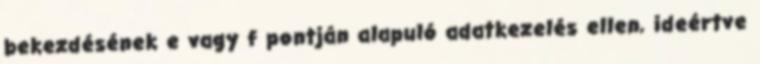
bekezdésének e vagy f pontján alapuló adatkezelés ellen, ideértve